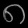
Digit: ၈